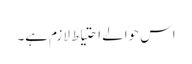
اس حوالے احتیاط لازم ہے۔